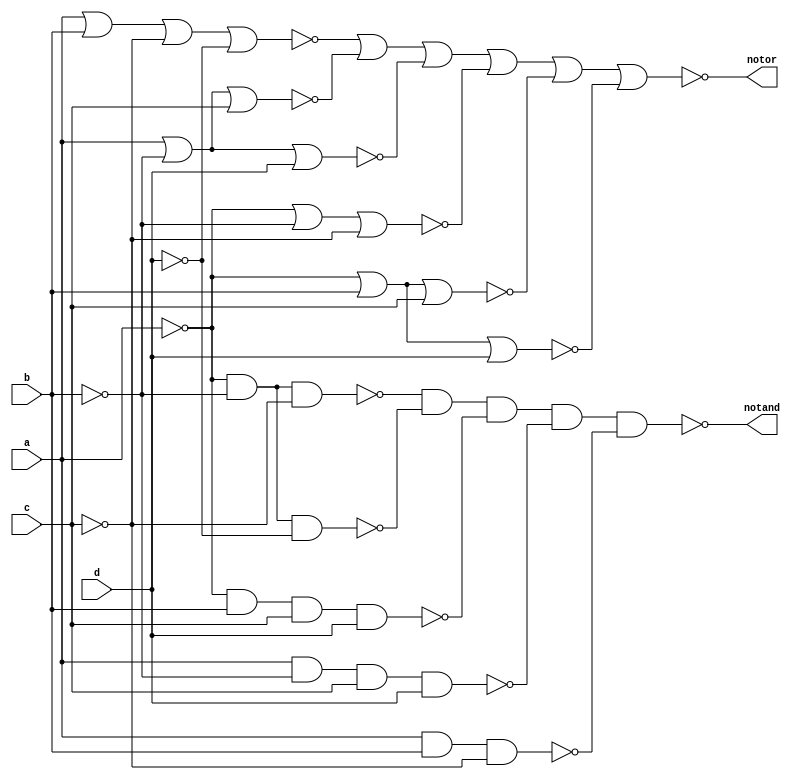
//NAND (~A&~B&~C)|(~A&~B&~D)|(~A&B&C&D)|(A&~B&C&D)|(A&B&~C)
//NOR (A|B|~C|~D)&(A|~B|C)&(A|~B|D)&(~A|~B|~C)&(~A|B|C)&(~A|B|D)
module expgate(input a,b,c,d,output notand,notor);
    wire z1,z2,z3,z4,z5;
    wire x1,x2,x3,x4,x5,x6;
    wire dnota,dnotb,dnotc,dnotd;
    wire rnota,rnotb,rnotc,rnotd;
    nand
    dn1(dnota,a,a),
    dn2(dnotb,b,b),
    dn3(dnotc,c,c),
    dn4(dnotd,d,d),
    m1(z1,dnota,dnotb,dnotc),
    m2(z2,dnota,dnotb,dnotd),
    m3(z3,dnota,b,c,d),
    m4(z4,a,dnotb,c,d),
    m5(z5,a,b,dnotc),
    m6(notand,z1,z2,z3,z4,z5);
    nor
    rn1(rnota,a,a),
    rn2(rnotb,b,b),
    rn3(rnotc,c,c),
    rn4(rnotd,d,d),
    M1(x1,a,b,rnotc,rnotd),
    M2(x2,a,rnotb,c),
    M3(x3,a,rnotb,d),
    M4(x4,rnota,rnotb,rnotc),
    M5(x5,rnota,b,c),
    M6(x6,rnota,b,d),
    M7(notor,x1,x2,x3,x4,x5,x6);
endmodule

//dataflow modeling

module expdataflow(input a,b,c,d,output pos,sop);
    assign pos = (a|b|~c|~d)&(a|~b|c|d)&(a|~b|c|~d)&(a|~b|~c|d)&(~a|b|c|d)&(a|~b|~c|d)&(~a|b|~c|d)&(~a|~b|~c|d)&(~a|~b|~c|~d);
    assign sop = (~a&~b&~c&~d)|(~a&~b&~c&d)|(~a&~b&c&~d)|(~a&~b&c&d)|(a&~b&c&d)|(a&b&~c&~d)|(~a&~b&c&~d);
endmodule